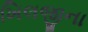
ખિલજીના